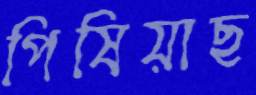
পিষিয়াছ